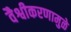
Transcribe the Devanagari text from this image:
वैश्वीकरणामुळे